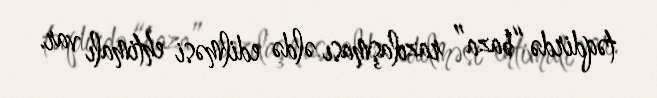
təqdirdə “baza” razılaşması əldə edilməsi ehtimalı var.